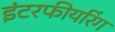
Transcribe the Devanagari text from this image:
इंटरफीयरिंग